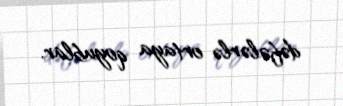
dəfələrlə ortaya qoyublar.